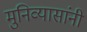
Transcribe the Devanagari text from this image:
मुनिव्यासांनी